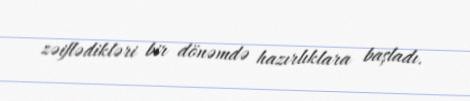
zəiflədikləri bir dönəmdə hazırlıklara başladı.